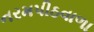
નરમપીઠવાળા